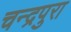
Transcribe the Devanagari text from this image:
चन्द्रपुरा